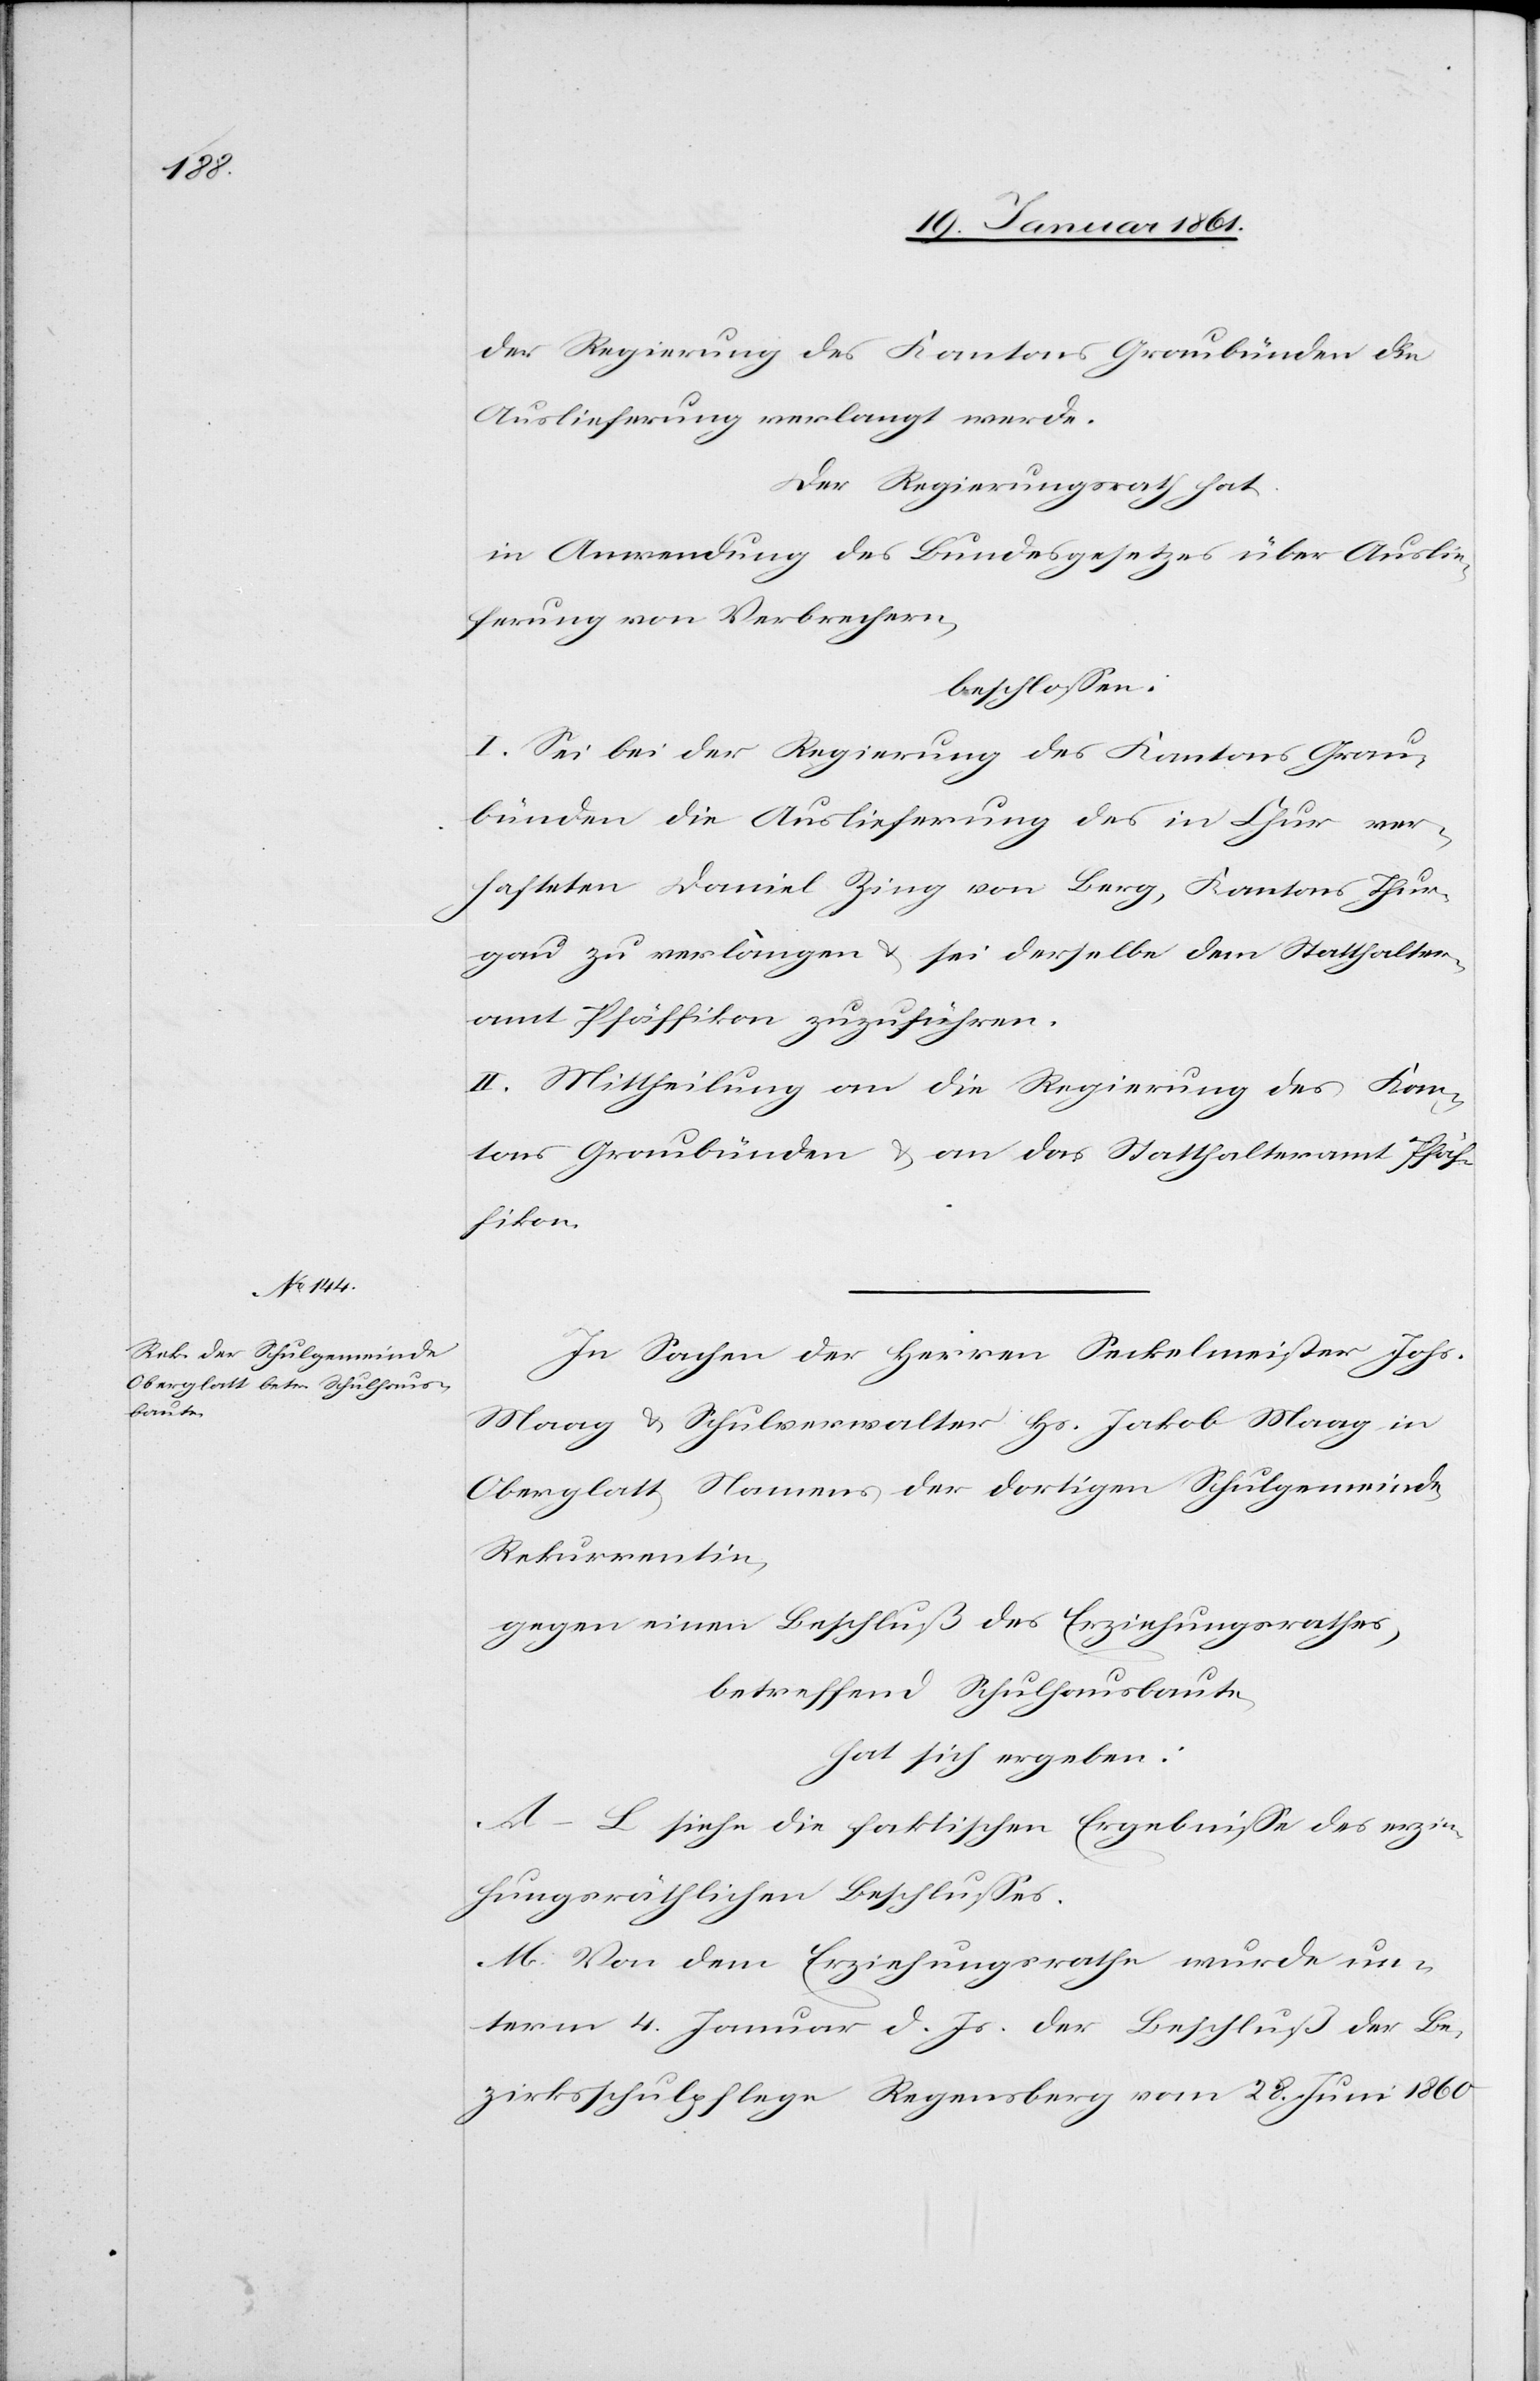
der Regierung des Kantons Graubünden die
Auslieferung verlangt werde.
Der Regierungsrath hat
in Anwendung des Bundesgesetzes über Auslie¬
ferung von Verbrechern,
beschlossen:
I. Sei bei der Regierung des Kantons Grau¬
bünden die Auslieferung des in Chur ver¬
hafteten Daniel Zing von Berg, Kantons Thur¬
gau zu verlängern u. sei derselbe dem Statthalter¬
amt Pfäffikon zuzuführen.
II. Mittheilung an die Regierung des Kan¬
tons Graubünden u. an das Statthalteramt Pfäf¬
fikon.
In Sachen der Herren Seckelmeister Johs.
Maag u. Schulverwalter Hs. Jakob Maag in
Oberglatt Namens der dortigen Schulgemeinde,
Rekurrentin,
gegen einen Beschluß des Erziehungsrathes,
betreffend Schulhausbaute
hat sich ergeben:
A–L siehe die faktischen Ergebnisse des erzie¬
hungsräthlichen Beschlusses.
M. Von dem Regierungsrathe wurde un¬
term 4. Januar d. Js. der Beschluß der Be¬
zirksschulpflege Regensberg vom 28. Juni 1860